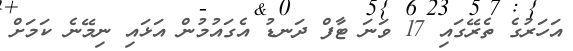
އަހަރުގެ ތެރޭގައި 17 ވަނަ ޓާފް ދަނޑު އެގައުމުން އަޅައި ނިމޭނެ ކަމަށް